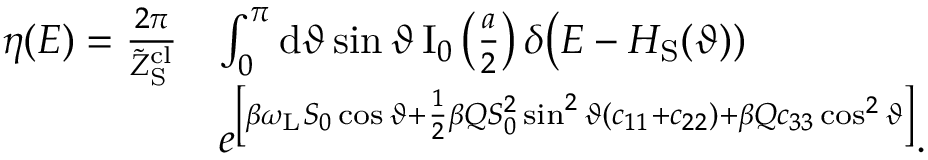
\begin{array} { r l } { \eta ( E ) = \frac { 2 \pi } { \tilde { Z } _ { \mathrm { S } } ^ { \mathrm { c l } } } } & { \int _ { 0 } ^ { \pi } \mathrm { d } \vartheta \sin \vartheta \, \mathrm { I } _ { 0 } \left( \frac { a } { 2 } \right) \delta \big ( E - H _ { \mathrm { S } } ( \vartheta ) ) } \\ & { e ^ { \left[ \beta \omega _ { \mathrm { L } } S _ { 0 } \cos \vartheta + \frac { 1 } { 2 } \beta Q S _ { 0 } ^ { 2 } \sin ^ { 2 } \vartheta ( c _ { 1 1 } + c _ { 2 2 } ) + \beta Q c _ { 3 3 } \cos ^ { 2 } \vartheta \right] } . } \end{array}